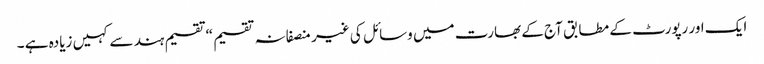
ایک اور رپورٹ کے مطابق آج کے بھارت میں وسائل کی غیر منصفانہ تقسیم “تقسیم ہند سے کہیں زیادہ ہے ۔